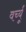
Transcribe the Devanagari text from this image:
वर्च्यू